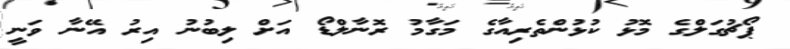
ޕޯޗުގަލްގެ މޮޅު ކުޅުންތެރިއާގެ މަގާމު ރޮނާލްޑޯ އަށް ލިބުނު އިރު އޭނާ ވަނީ